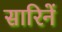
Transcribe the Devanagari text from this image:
सारिनें